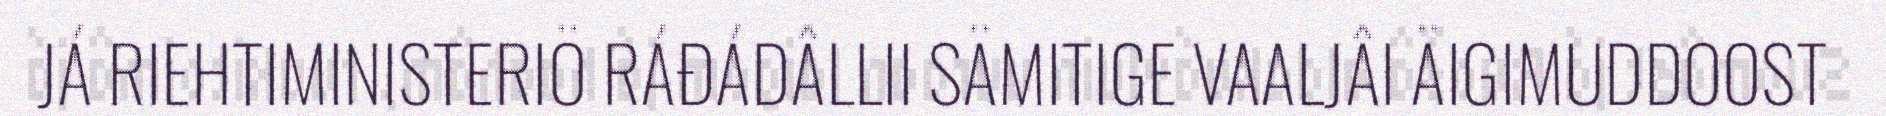
JÁ RIEHTIMINISTERIÖ RÁĐÁDÂLLII SÄMITIGE VAALJÂI ÄIGIMUDDOOST